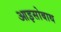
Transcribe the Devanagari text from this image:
आइसोबाथ